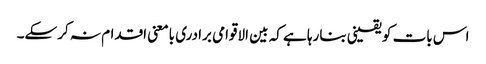
اس بات کو یقینی بنارہا ہے کہ بین الاقوامی برادری بامعنی اقدام نہ کرسکے۔